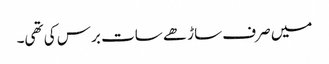
میں صرف ساڑھے سات برس کی تھی۔